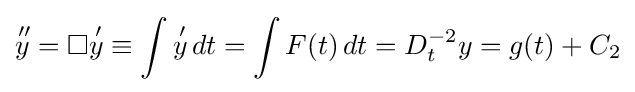
{\overset {\,\prime \prime }{y}}=\Box {\overset {\,\prime }{y}}\equiv \int {\overset {\,\prime }{y}}\,dt=\int F(t)\,dt=D_{t}^{-2}y=g(t)+C_{2}